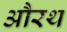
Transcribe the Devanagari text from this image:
औरथ